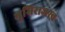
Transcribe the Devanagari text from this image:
भूमिराजस्व